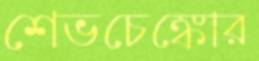
শেভচেঙ্কোর